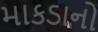
માકડાનો